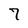
Character: 7